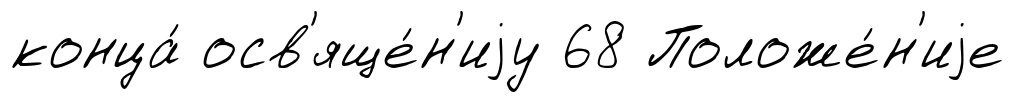
конца́ осв'яще́н'иjу 68 Положе́н'иjе